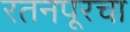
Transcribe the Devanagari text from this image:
रतनपूरचा